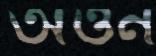
অওন